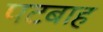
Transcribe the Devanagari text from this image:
पटबाह